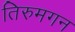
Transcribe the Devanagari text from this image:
तिरुमगन